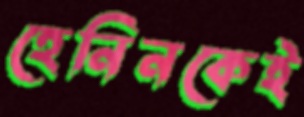
হেনিনকেই